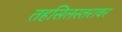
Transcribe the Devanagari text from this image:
तहसिलस्तरावर